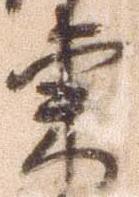
東